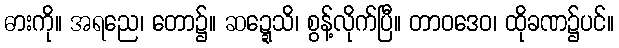
ဓားကို။ အရညေ၊ တော၌။ ဆဍ္ဍေသိ၊ စွန့်လိုက်ပြီ။ တာဝဒေဝ၊ ထိုခဏ၌ပင်။